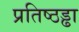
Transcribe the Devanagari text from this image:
प्रतिष्ठड्ढा